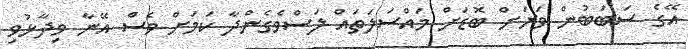
އޭގެ ސަބަބުން ވަރަށް ބޮޑަށް މައްސަލަތައް ލަސްވެގެންދާ ކަމަށް ވެސް އޭނާ ވިދާޅުވި